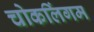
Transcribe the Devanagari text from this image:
चोकलिंगम